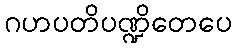
ဂဟပတိပဏ္ဍိတေပေ